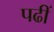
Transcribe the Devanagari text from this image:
पढीं